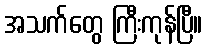
အသက်တွေ ကြီးကုန်ပြီ။